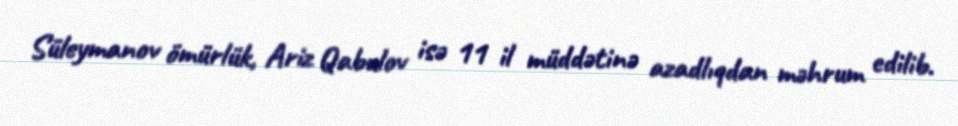
Süleymanov ömürlük, Ariz Qabulov isə 11 il müddətinə azadlıqdan məhrum edilib.